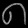
Digit: ၈